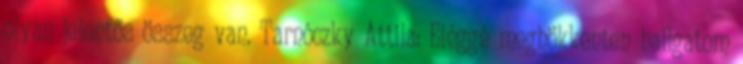
olyan jelentős összeg van. Tarnóczky Attila: Eléggé meghökkenten hallgatom